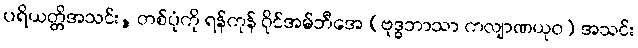
ပရိယတ္တိအသင်း, တစ်ပုံကို ရန်ကုန် ဝိုင်အမ်ဘီအေ (ဗုဒ္ဓဘာသာ ကလျာဏယုဝ) အသင်း